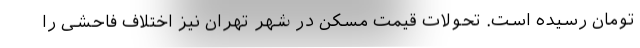
تومان رسیده است. تحولات قیمت مسکن در شهر تهران نیز اختلاف فاحشی را